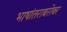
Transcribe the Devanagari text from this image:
भाषांतराबरोबर